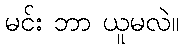
မင်း ဘာ ယူမလဲ။